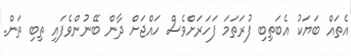
އެތައް ބަޔަކު އެބަތިބި ފުރަތަމަ ފަހަރަށްވެސް ހައްޖަށް ދާން ބޭނުންވެފައި ތިބި ތަން.